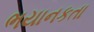
ભયાનકતા